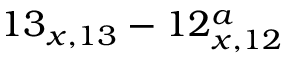
1 3 _ { x , 1 3 } - 1 2 _ { x , 1 2 } ^ { a }